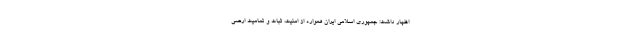
اظهار داشت: جمهوری اسلامی ایران همواره از امنیت، ثبات و تمامیت ارضی